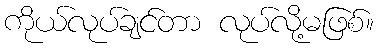
ကိုယ်လုပ်ချင်တာ လုပ်လို့မဖြစ်။